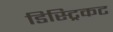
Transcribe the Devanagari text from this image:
डिस्ट्रिकट